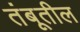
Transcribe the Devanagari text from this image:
तंबूतील